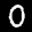
Label: 0